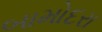
બામોદરા